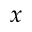
x